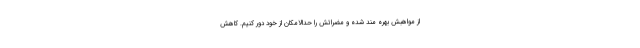
از مواهبش بهره مند شده و مضراتش را حدالامکان از خود دور کنیم. کاهش